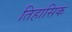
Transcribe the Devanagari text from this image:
तिहासिक